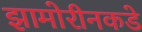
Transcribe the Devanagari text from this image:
झामोरीनकडे